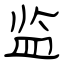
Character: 监